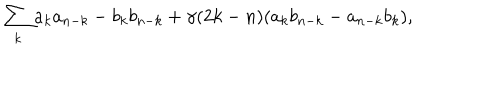
\sum _ { k } a _ { k } a _ { n - k } - b _ { k } b _ { n - k } + \gamma ( 2 k - n ) ( a _ { k } b _ { n - k } - a _ { n - k } b _ { k } ) ,